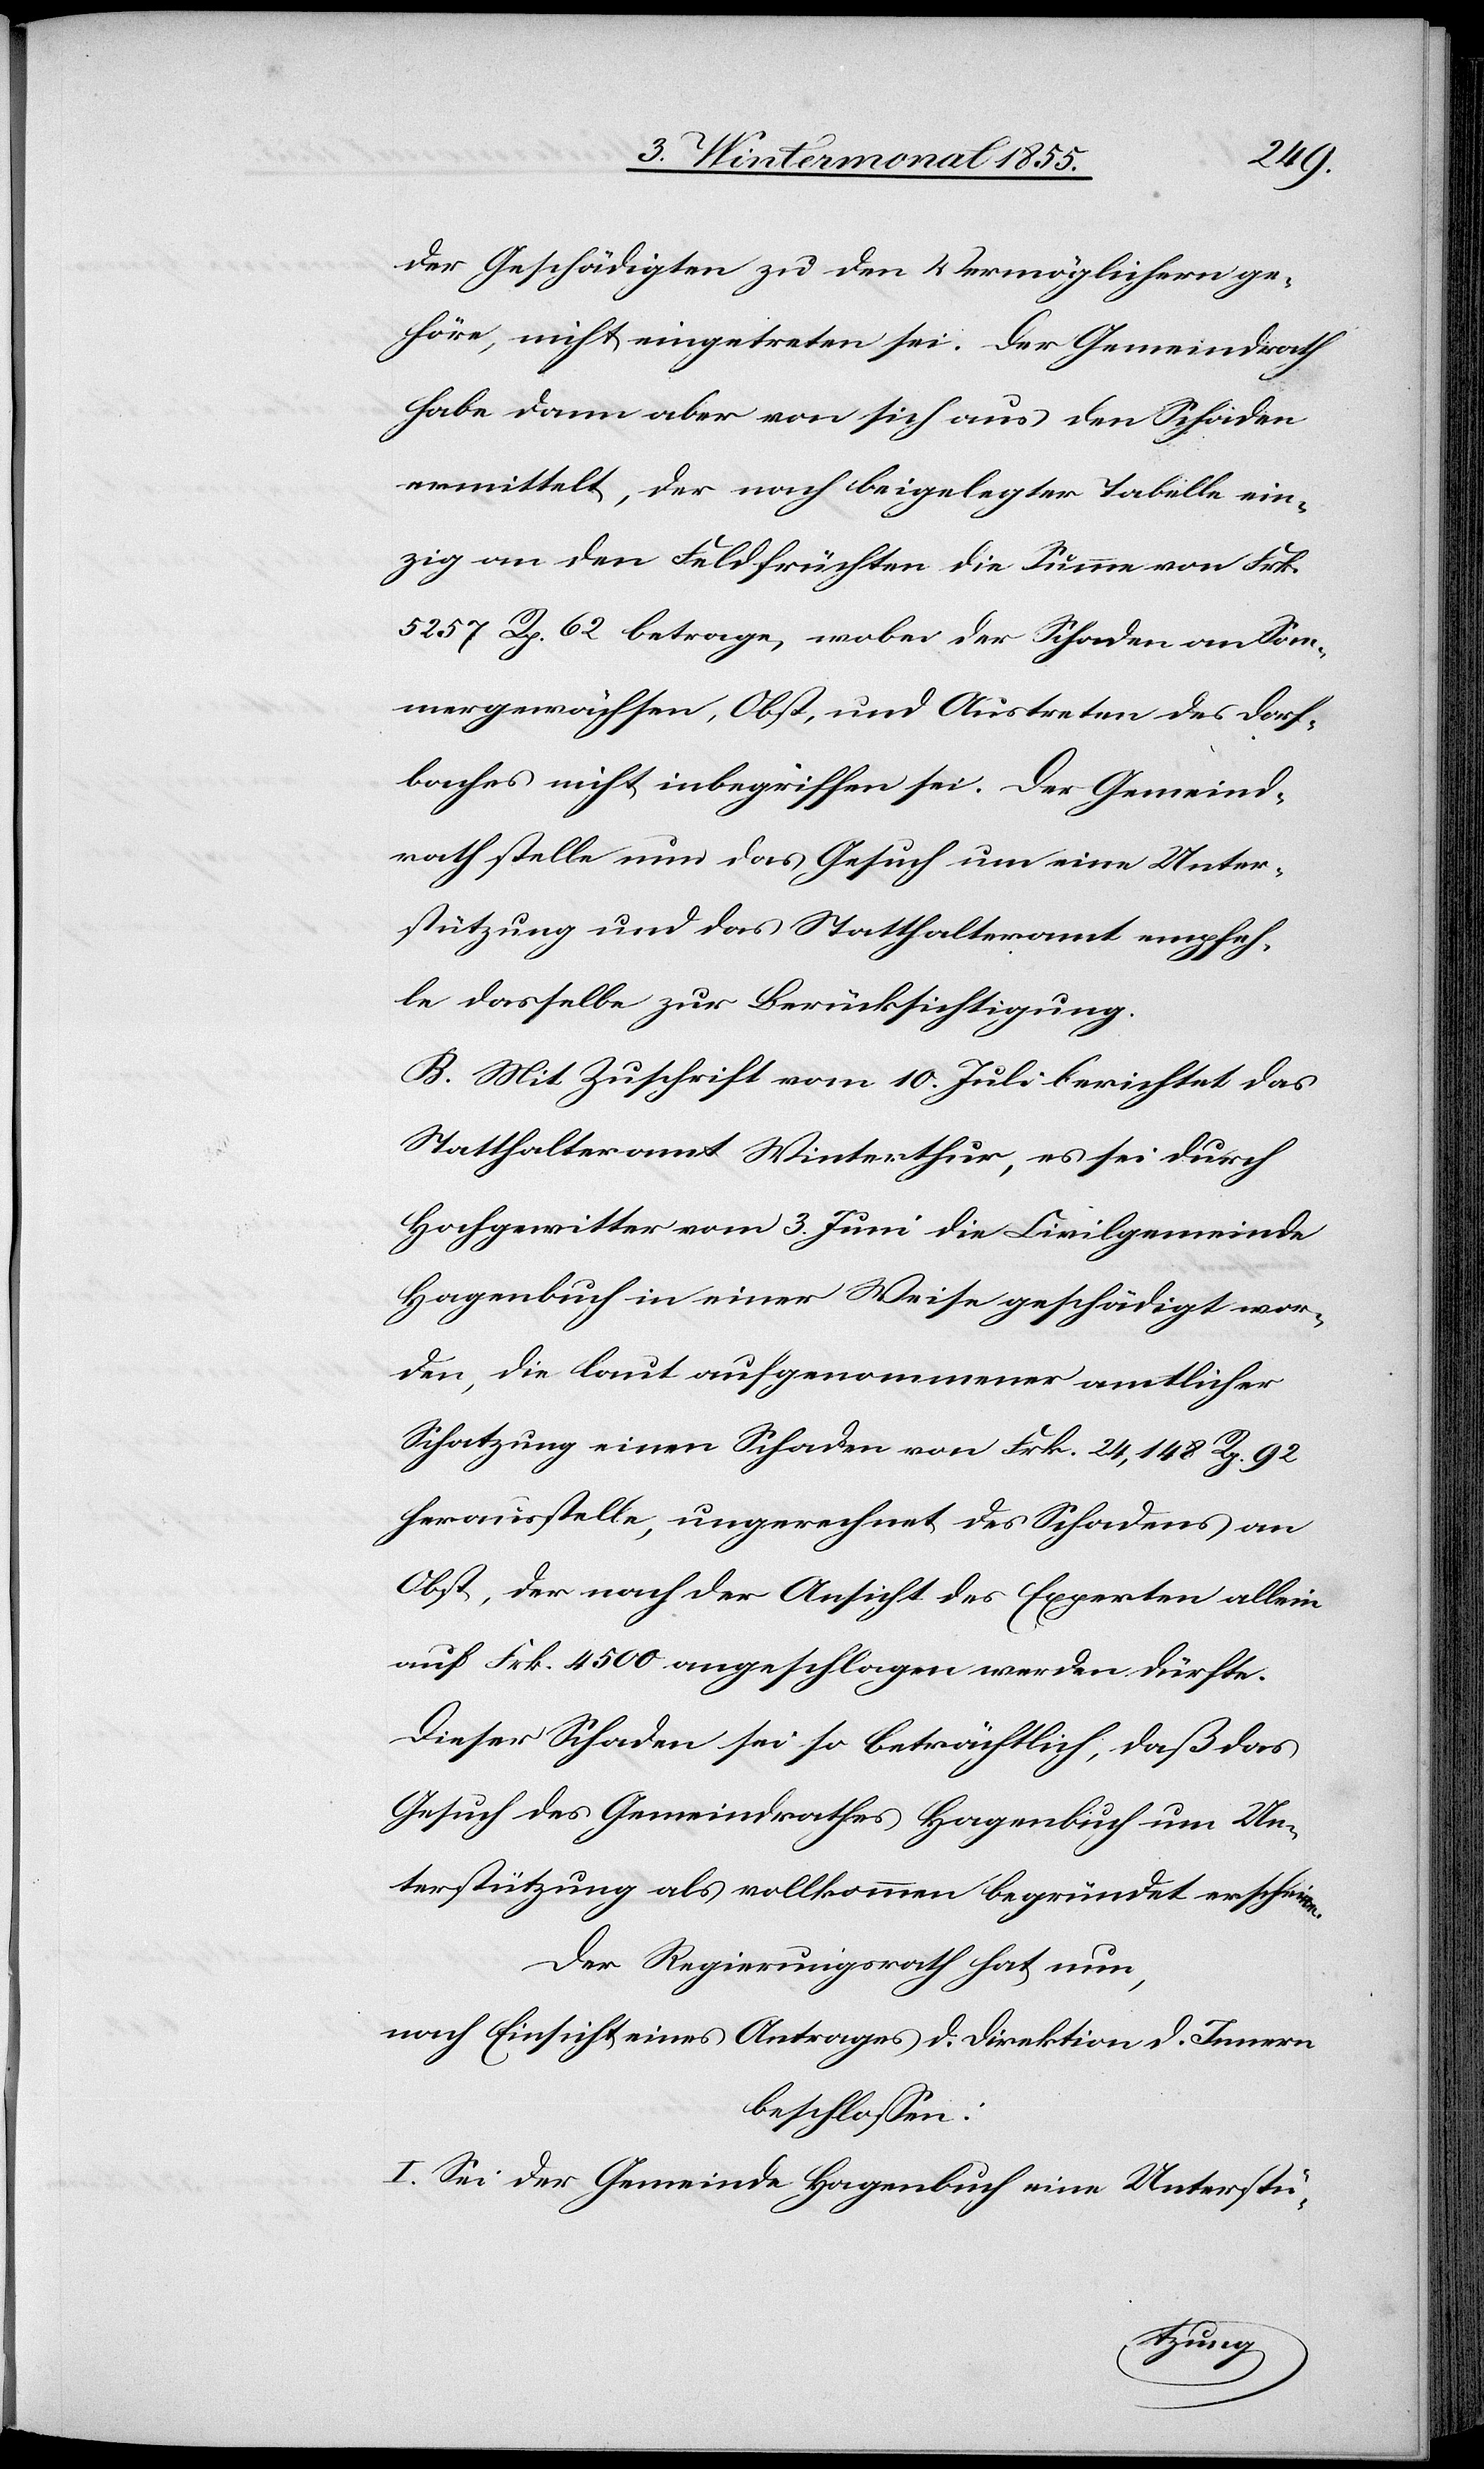
der Geschädigten zu den Vermöglichern ge¬
höre, nicht eingetreten sei. Der Gemeindrath
habe dann aber von sich aus den Schaden
ermittelt, der nach beigelegter Tabelle ein¬
zig an den Feldfrüchten die Summe von Frk.
5257 Rp. 62 betrage, wobei der Schaden an Som¬
mergewächsen, Obst, und Austreten des Dorf¬
baches nicht inbegriffen sei. Der Gemeind¬
rath stelle nun das Gesuch um eine Unter¬
stützung und das Statthalteramt empfeh¬
le dasselbe zur Berücksichtigung.
B. Mit Zuschrift vom 10. Juli berichtet das
Statthalteramt Winterthur, es sei durch
Hochgewitter vom 3. Juni die Civilgemeinde
Hagenbuch in einer Weise geschädigt wor¬
den, die laut aufgenommener amtlicher
Schatzung einen Schaden von Frk. 24,148 Rp. 92
herausstelle, ungerechnet des Schadens an
Obst, der nach der Ansicht des Experten allein
auf Frk. 4500 angeschlagen werden dürfte.
Dieser Schaden sei so beträchtlich, daß das
Gesuch des Gemeindrathes Hagenbuch um Un¬
terstützung als vollkommen begründet erscheine.
Der Regierungsrath hat nun,
nach Einsicht eines Antrages d. Direktion d. Innern
beschlossen:
I. Sei der Gemeinde Hagenbuch eine Unterstü-